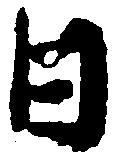
日